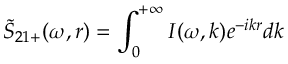
\tilde { S } _ { 2 1 + } ( \omega , r ) = \int _ { 0 } ^ { + \infty } I ( \omega , k ) e ^ { - i k r } d k